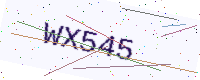
Text: WX545